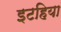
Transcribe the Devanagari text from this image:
इटहिया